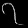
Digit: ၇